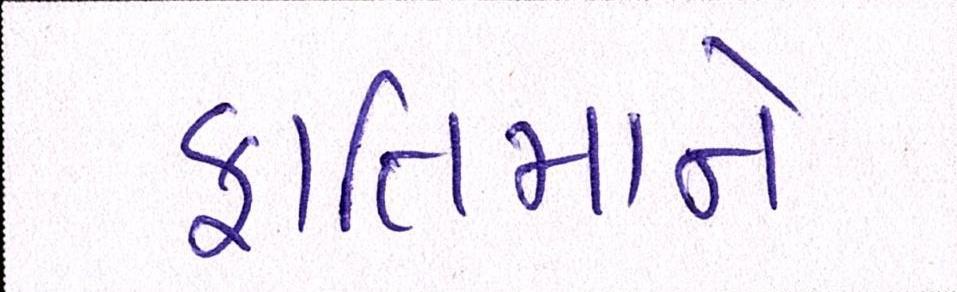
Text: ફાતિમાને